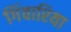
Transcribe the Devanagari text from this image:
गिंवारिया